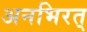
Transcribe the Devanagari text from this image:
अनभिरत्